Lunatic asylums in Bengal annual reports 1888-1898 - 1888-1898
Year: 1888
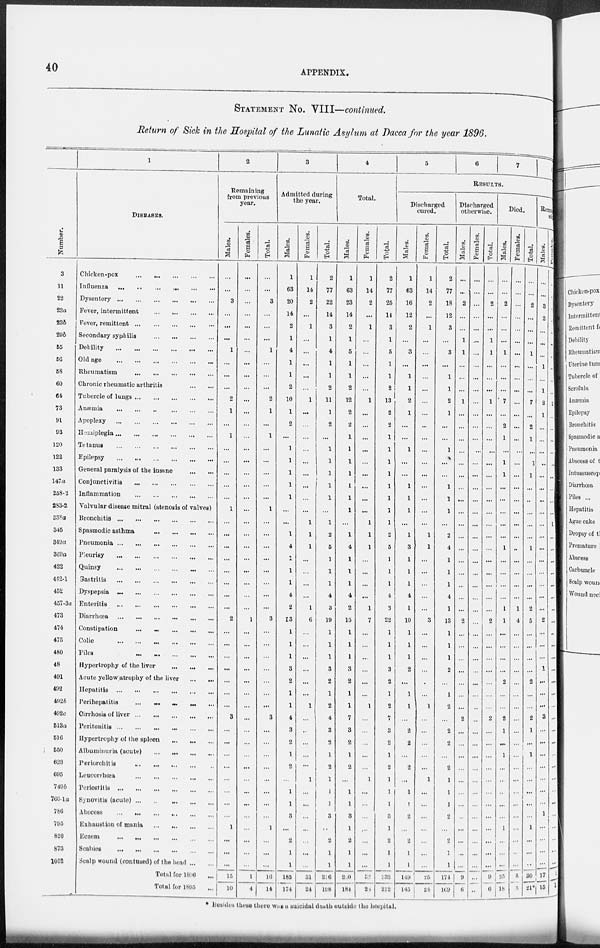
40
APPENDIX.
STATEMENT No. VIII—continued.
Return of Sick in the Hospital of the Lunatic Asylum at Dacca for the year 1896.
Number.
3
11
22
23a
23b
29b
55
56
58
60
64
73
91
93
120
122
133
147a
258-2
283-2
338a
345
349a
369a
422
442-1
452
457-3a
473
474
475
480
48
491
492
492b
492c
513a
516
550
623
695
749b
760-la
786
795
820
873
1052
1
DISEASES.
Chicken-pox
...
...
...
...
...
Influenza
...
...
...
...
...
...
Dysentery
...
...
...
...
...
...
Fever, intermittent
...
...
...
...
Fever, remittent
...
...
...
...
...
Secondary syphilis
...
...
...
...
Debility
...
...
...
...
...
...
Old age
...
...
...
...
...
...
Rheumatism
...
...
...
...
...
Chronic rheumatic arthritis
...
...
Tubercle of lungs
...
...
...
...
...
Anæmia ... ... ... ... ... ...
Apoplexy ... ... ... ... ... ...
Hemiplegia
...
...
...
...
...
...
Tetanus
...
...
...
...
...
...
Epilepsy ... ... ... ... ... ...
General paralysis of the insane
...
...
Conjunctivitis
...
...
...
...
...
Inflammation
...
...
...
...
...
Valvular disease mitral (stenosis of valves)
Bronchitis
...
...
...
...
...
...
Spasmodic asthma ... ... ... ...
Pneumonia
...
...
...
...
...
...
Pleurisy
...
... ... ... ... ...
Quinsy
...
...
...
...
...
...
Gastritis
...
...
...
...
...
...
Dyspepsia
...
...
...
...
...
...
Enteritis
...
...
...
...
...
...
Diarrhœa ... ... ... ... ... ...
Constipation
...
...
...
...
...
...
Colic
...
...
...
...
...
...
Piles ... ... ... ... ...
Hypertrophy of the liver
...
...
...
Acute yellow atrophy of the liver
...
...
Hepatitis
...
...
...
...
...
...
Perihepatitis
...
...
...
...
...
Cirrhosis of liver ...
...
...
...
...
Peritonitis
...
...
...
...
...
...
Hypertrophy of the spleen
...
...
...
Albuminuria (acute)
...
...
...
...
Periorchitis ... ... ... ... ...
Leucorrhœa
...
...
...
...
...
Periostitis
...
...
...
...
...
...
Synovitis (acute)
...
...
...
...
...
Abscess
...
...
...
...
...
...
Exhaustion of mania ... ... ... ...
Eczem
...
...
...
...
...
...
Scabies
...
...
...
...
...
...
Sculp wound (contused) of the head ... ...
Total for 1896 ...
Total for 1895 ...
2
Remaining
from previous
year.
Males.
...
...
3
...
...
...
1
...
...
...
2
1
...
1
...
...
...
...
...
1
...
...
...
...
...
...
...
...
2
...
...
...
...
...
...
...
3
...
...
...
...
...
...
...
...
1
...
...
...
15
10
Females.
...
...
...
...
...
...
...
...
...
...
...
...
...
...
...
...
...
...
...
...
...
...
...
...
...
...
...
...
1
...
...
...
...
...
...
...
...
...
...
...
...
...
...
...
...
...
...
...
...
1
4
Total.
...
...
3
...
...
...
1
...
...
...
2
1
...
1
...
...
...
...
...
1
...
...
...
...
...
...
...
...
3
...
...
...
...
...
...
...
3
...
...
...
...
...
...
...
...
1
...
...
...
16
14
3
Admitted during
the year.
Males.
1
63
20
14
2
1
4
1
1
2
10
1
2
...
1
1
1
1
1
...
...
1
4
1
1
1
4
2
13
1
1
1
3
2
1
1
4
3
2
1
2
...
1
1
3
...
2
1
1
185
174
Females.
1
14
2
...
1
...
...
...
...
...
1
...
...
...
...
...
...
...
...
...
1
1
1
...
...
...
...
1
6
...
...
...
...
...
...
1
...
..
...
...
...
1
...
...
...
...
...
...
...
31
24
Total.
2
77
22
14
3
1
4
1
1
2
11
1
2
...
1
1
1
1
1
...
1
2
5
1
1
1
4
3
19
1
1
1
3
2
1
2
4
3
2
1
2
1
1
1
3
...
2
1
1
216
l98
4
Total.
Males.
1
63
23
14
2
1
5
1
1
2
12
2
2
1
1
1
1
1
1
1
...
1
4
1
1
1
4
2
15
1
1
1
3
2
1
1
7
3
2
1
2
...
1
1
3
1
2
1
1
200
184
Females.
1
14
2
...
1
...
...
...
...
...
1
...
...
...
...
...
...
...
...
...
1
1
1
...
...
...
...
1
7
...
...
...
...
...
...
1
...
...
...
...
...
1
...
...
...
...
...
...
...
32
28
Total.
2
77
25
14
3
1
5
1
1
2
13
2
2
1
1
1
1
1
1
1
1
2
5
1
1
1
4
3
22
1
1
1
3
2
1
2
7
3
2
1
2
1
1
1
3
1
2
1
1
232
212
5
6
7
8
RESULTS.
Discharged
cured.
Males.
1
63
16
12
2
...
3
...
1
1
2
1
...
...
1
...
...
1
1
1
...
1
3
1
1
1
4
1
10
1
1
1
2
...
1
1
...
2
2
...
...
...
1
1
2
...
2
1
1
149
145
Females.
1
14
2
...
1
...
...
...
...
...
...
...
...
...
...
...
...
...
...
...
...
1
1
...
...
...
...
...
3
...
...
...
...
...
...
1
...
...
...
...
...
1
...
...
...
...
...
...
...
25
24
Total.
2
77
18
12
3
...
3
...
1
1
2
1
...
...
1
...
...
1
1
1
...
2
4
1
1
1
4
1
13
1
1
1
2
...
1
2
...
2
2
...
2
1
1
1
2
...
2
1
1
174
169
Discharged
otherwise.
Males.
...
...
2
...
......
1
1
...
...
...
1
...
...
...
...
...
...
...
...
...
...
...
...
...
...
...
...
...
2
...
...
...
...
...
...
...
2
...
...
...
...
...
...
...
...
...
...
...
...
9
6
Females.
...
...
...
...
...
...
...
...
...
...
...
...
...
...
...
...
...
...
...
...
...
...
...
...
...
...
...
...
...
...
...
...
...
...
...
...
...
...
...
...
...
...
...
...
...
...
...
...
...
...
...
Total.
...
...
2
...
...
1
1
...
...
...
1
...
...
...
...
...
...
...
...
...
...
...
...
...
...
...
...
...
2
...
...
...
...
...
...
...
2
...
...
...
...
...
...
...
...
...
...
...
...
9
6
Died.
Males.
...
...
2
...
...
...
1
...
...
...
7
...
2
1
...
1
1
...
...
...
...
...
1
...
...
...
...
1
1
...
...
...
...
2
...
...
2
1
...
1
...
...
...
...
...
1
...
...
...
25
18
Females.
...
...
...
...
...
...
...
...
...
...
...
...
...
...
...
...
...
...
...
...
...
...
...
...
...
...
...
1
4
...
...
...
...
...
...
...
...
...
...
...
...
...
...
...
...
...
...
...
...
5
3
Total.
...
...
2
...
...
......
1
...
...
...
7
...
2
1
...
1
1
...
...
...
...
...
1
...
...
...
...
2
5
...
...
...
...
2
...
...
2
1
...
1
...
...
...
...
...
1
...
...
...
30
21*
Remaining
sick
Males.
...
...
3
2
...
...
...
1
...
1
2
1
...
...
...
...
...
...
...
...
...
...
...
...
...
...
...
...
2
...
...
...
1
...
...
...
3
...
...
...
...
...
...
...
1
...
...
...
...
17
15
Females.
...
...
...
...
...
...
...
...
...
...
1
...
...
...
...
...
...
...
...
...
1
...
...
...
...
...
...
...
...
...
...
...
...
...
...
...
...
...
...
...
...
...
...
...
...
...
...
...
...
2
1
* Besides these there was a suicidal death outside the hospital.